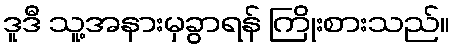
ဒူဒီ သူ့အနားမှခွာရန် ကြိုးစားသည်။